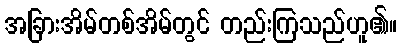
အခြားအိမ်တစ်အိမ်တွင် တည်းကြသည်ဟူ၏။